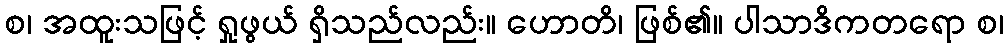
စ၊ အထူးသဖြင့် ရှုဖွယ် ရှိသည်လည်း။ ဟောတိ၊ ဖြစ်၏။ ပါသာဒိကတရော စ၊